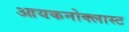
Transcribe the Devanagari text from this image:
आयकनोक्लास्ट